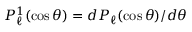
P _ { \ell } ^ { 1 } ( \cos \theta ) = d P _ { \ell } ( \cos \theta ) / d \theta